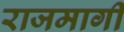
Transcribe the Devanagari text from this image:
राजमार्गीं